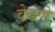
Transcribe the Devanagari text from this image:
वेढणे